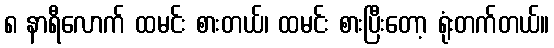
၈ နာရီလောက် ထမင်း စားတယ်၊ ထမင်း စားပြီးတော့ ရုံးတက်တယ်။